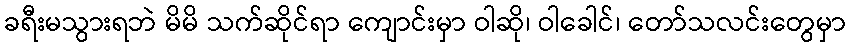
ခရီးမသွားရဘဲ မိမိ သက်ဆိုင်ရာ ကျောင်းမှာ ဝါဆို၊ ဝါခေါင်၊ တော်သလင်းတွေမှာ